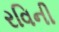
રવિની